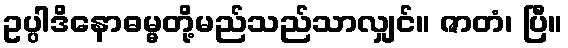
ဥပ္ပါဒိနောဓမ္မတို့မည်သည်သာလျှင်။ ဇာတံ၊ ပြီ။